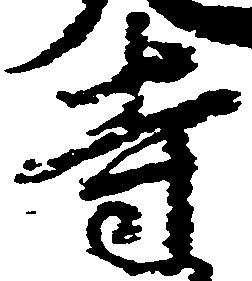
寺